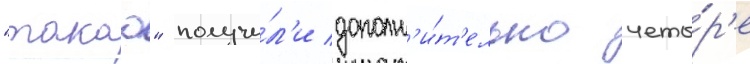
"такао" получи́л'и дополн'и́т'ельно четы́р'е